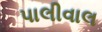
પાલીવાલ